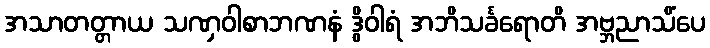
အသာတတ္တာယ သဏှဝါစာဘဏနံ ဒွိဝါရံ အဘိသင်္ခရောတိ အဗ္ဘညာသိံပေ